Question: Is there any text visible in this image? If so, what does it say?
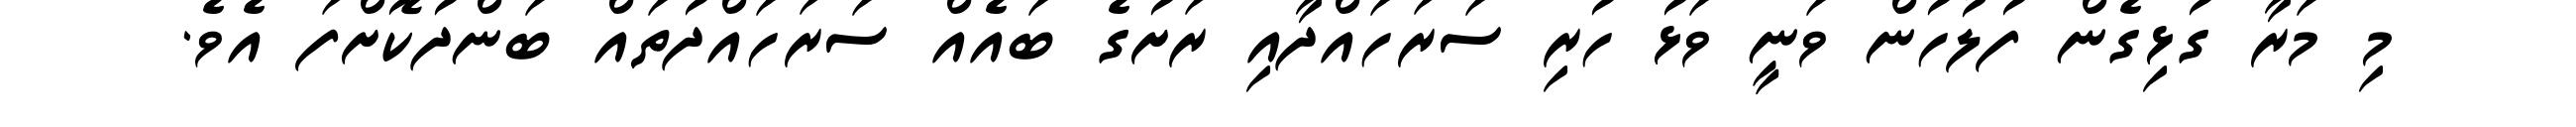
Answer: މި މަރާ ގުޅިގެން ފުލުހުން ވަނީ ވަޅު ހުރި ސަރަހައްދާއި ރަށުގެ ބައެއް ސަރަހައްދުތައް ބަންދުކޮށްފަ އެވެ.